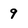
Character: 9